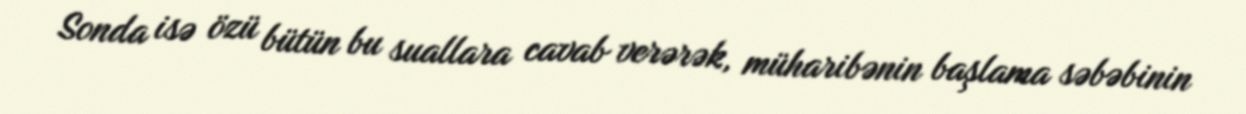
Sonda isə özü bütün bu suallara cavab verərək, müharibənin başlama səbəbinin